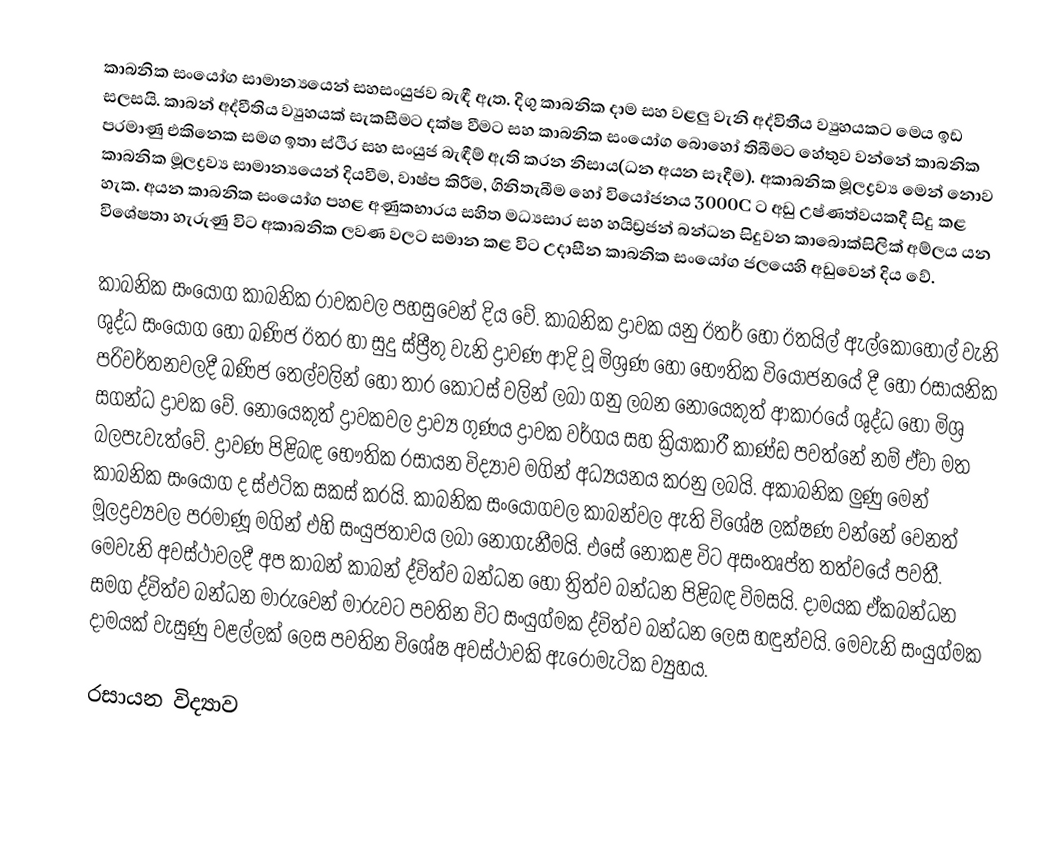
කාබනික සංයෝග සාමාන්‍යයෙන් සහසංයුජව බැඳී ඇත. දිගු කාබනික දාම සහ වළලු වැනි අද්විතීය ව්‍යුහයකට මෙය ඉඩ සලසයි. කාබන් අද්වීතිය ව්‍යුහයක් සැකසීමට දක්ෂ වීමට සහ කාබනික සංයෝග බොහෝ තිබීමට හේතුව වන්නේ කාබනික පරමාණු එකිනෙක සමග ඉතා ස්ථිර සහ සංයුජ බැඳීම් ඇති කරන නිසාය(ධන අයන සෑදීම). අකාබනික මූලද්‍රව්‍ය මෙන් නොව කාබනික මූලද්‍රව්‍ය සාමාන්‍යයෙන් දියවීම, වාෂ්ප කිරීම, ගිනිතැබීම හෝ වියෝජනය 3000C ට අඩු උෂ්ණත්වයකදී සිදු කළ හැක. අයන කාබනික සංයෝග පහළ අණුකභාරය සහිත මධ්‍යසාර සහ හයිඩ්‍රජන්  බන්ධන සිදුවන කාබොක්සිලික් අම්ලය යන විශේෂතා හැරුණු විට අකාබනික ලවණ වලට සමාන කළ විට උදාසීන කාබනික සංයෝග ජලයෙහි අඩුවෙන් දිය වේ.

කාබනික සංයෝග කාබනික රාවකවල පහසුවෙන් දිය වේ. කාබනික ද්‍රාවක යනු ඊතර් හෝ ඊතයිල් ඇල්කොහොල් වැනි ශුද්ධ සංයෝග හෝ ඛණිජ ඊතර හා සුදු ස්ප්‍රීතු වැනි ද්‍රාවණ ආදි වූ මිශ්‍රණ හෝ භෞතික වියෝජනයේ දී හෝ රසායනික පරිවර්තනවලදී ඛණිජ තෙල්වලින් හෝ තාර කොටස් වලින් ලබා ගනු ලබන නොයෙකුත් ආකාරයේ ශුද්ධ හෝ මිශ්‍ර සගන්ධ ද්‍රාවක වේ. නොයෙකුත් ද්‍රාවකවල ද්‍රාව්‍ය ගුණය ද්‍රාවක වර්ගය සහ ක්‍රියාකාරී කාණ්ඩ පවත්නේ නම් ඒවා මත බලපැවැත්වේ. ද්‍රාවණ පිළිබඳ භෞතික රසායන විද්‍යාව මගින් අධ්‍යයනය කරනු ලබයි. අකාබනික ලුණු මෙන් කාබනික සංයෝග ද ස්ඵටික සකස් කරයි. කාබනික සංයෝගවල කාබන්වල ඇති විශේෂ ලක්ෂණ වන්නේ වෙනත් මූලද්‍රව්‍යවල පරමාණූ මගින් එහි සංයුජතාවය ලබා නොගැනීමයි. එසේ නොකළ වි‍ට අසංතෘප්ත තත්වයේ පවතී. මෙවැනි අවස්ථාවලදී අප කාබන් කාබන් ද්විත්ව බන්ධන හෝ ත්‍රිත්ව බන්ධන පිළිබඳ විමසයි. දාමයක ඒකබන්ධන සමග ද්විත්ව බන්ධන මාරුවෙන් මාරුවට පවතින විට සංයුග්මක ද්විත්ව බන්ධන ලෙස හඳුන්වයි. මෙවැනි සංයුග්මක දාමයක් වැසුණු වළල්ලක් ලෙස පවතින විශේෂ අවස්ථාවකි ඇරෝමැටික ව්‍යුහය.

රසායන විද්‍යාව